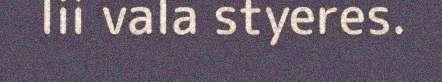
lii vala styeres.